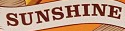
SUNSHINE